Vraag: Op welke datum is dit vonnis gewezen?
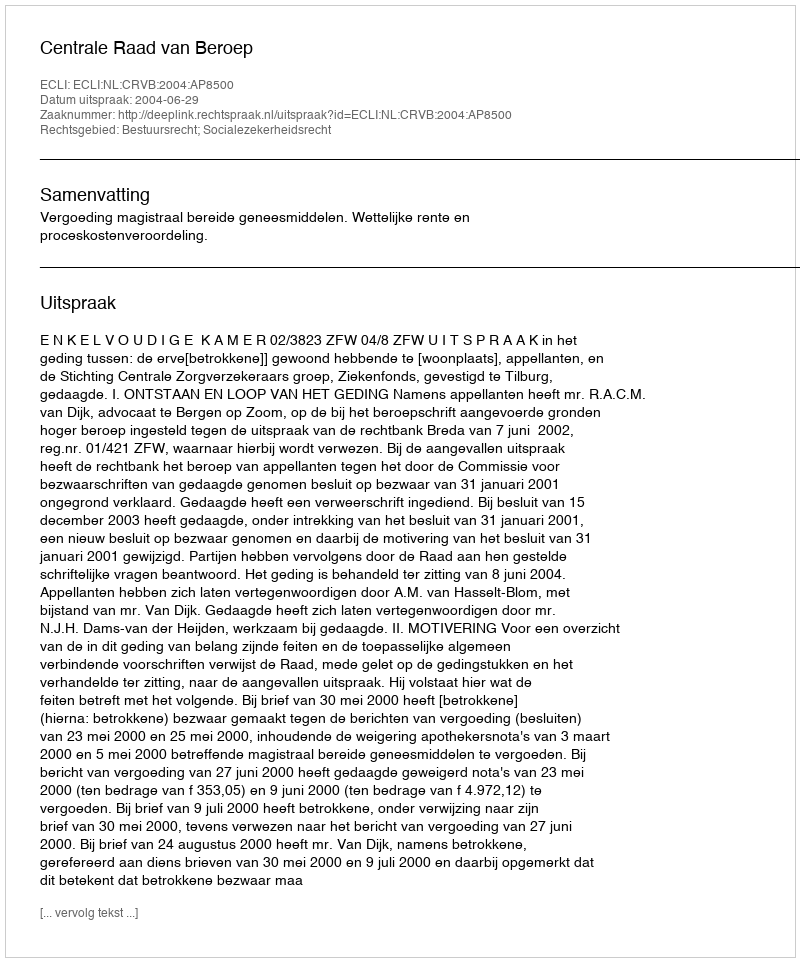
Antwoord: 2004-06-29